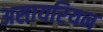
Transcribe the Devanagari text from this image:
असायरियन